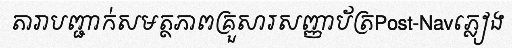
តារាបញ្ជាក់សមត្ថភាពគ្រួសារសញ្ញាប័ត្រPost-Navភ្លៀង